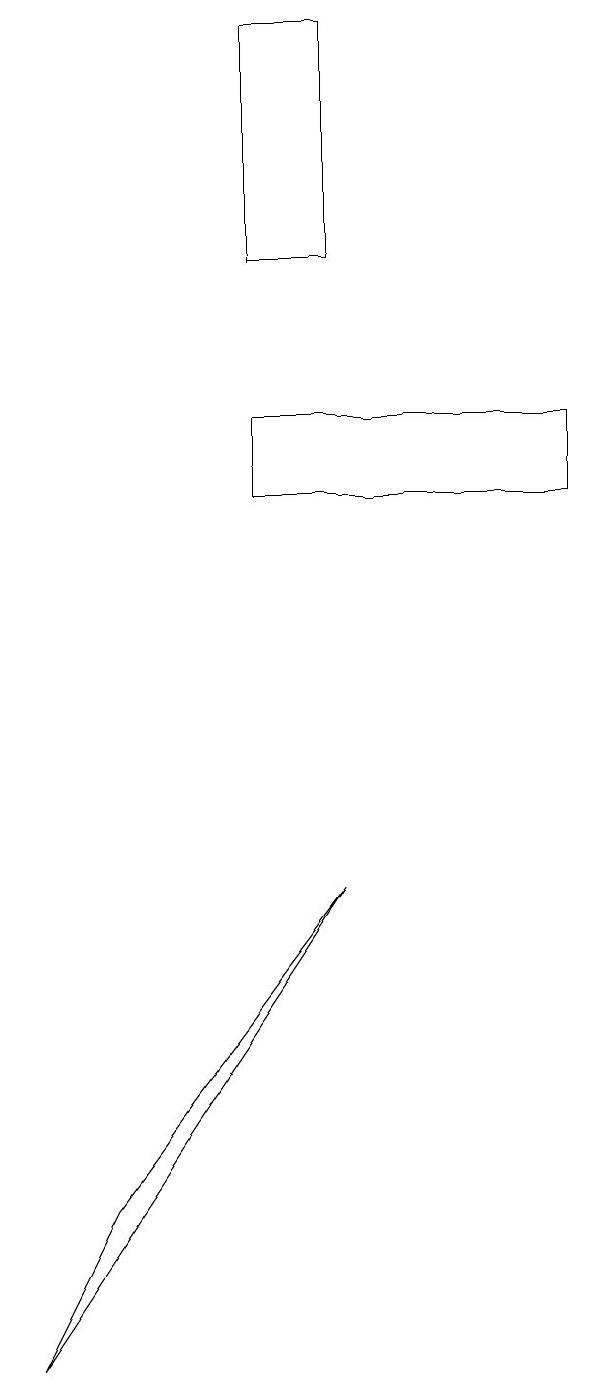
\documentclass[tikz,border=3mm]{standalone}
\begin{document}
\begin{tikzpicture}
\draw (4,12) rectangle (8,13);
\draw (4,15) rectangle (5,18);
\draw (1,1) -- (5,7) -- (2,3) -- cycle;
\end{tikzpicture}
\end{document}